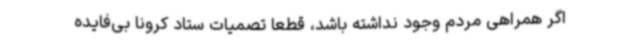
اگر همراهی مردم وجود نداشته باشد، قطعا تصمیات ستاد کرونا بی‌فایده